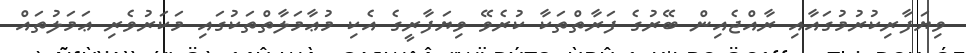
ވިޔަފާރިކުރުމުގައާއި ރާއްޖެއިން ބޭރުގެ ފަރާތްތަކާ ކުރެވޭ ވިޔަފާރީގެ އެކި މުޢާމަލާތްތަކުގައި މަކަރުވެރި ޢަމަލުތައް